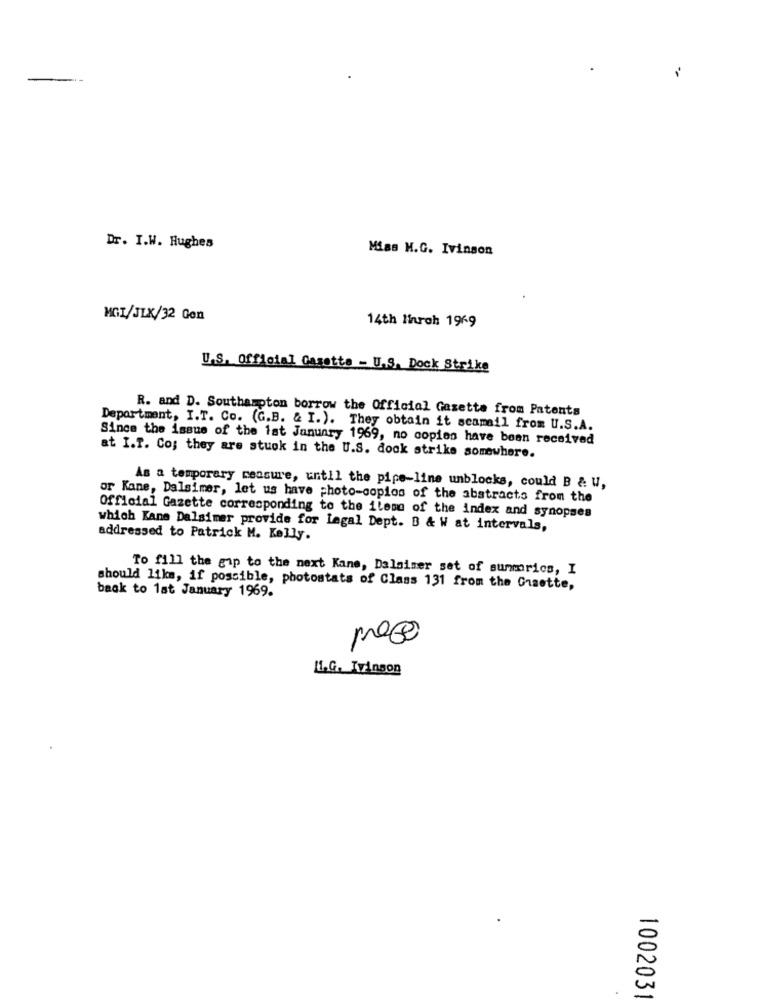
Dr. I.W. Hughes
Miss H.G. Ivinson
MGI/JLX/32 Gen
14th March 1969
U.S. Official Gazette - U.S. Dock Strike
R. and D. Southampton borrow the Official Gazette from Patents
Department, I.T. Co. (G.B. & I.). They obtain it scamail from U.S.A.
Since the issue of the 1st January 1969, no copies have been received
at I.T. Co; they are stuck in the U.S. dock strike somewhere.
As a temporary measure, until the pipe-line unblocks, could B & u,
or Kane, Dalsimer, let us have photo-copios of the abstracts from the
Official Gazette corresponding to the ileme of the index and synopses
which Kane Dalsimer provide for Legal Dept. B & W at intervals,
addressed to Patrick M. Kelly.
To fill the gip to the next Kane, Dalaimer set of sunmrics, I
back to lat January 1969.
should like, if possible, photostats of Class 131 from the Graotte,
prece
11.G. Tvinson
100203